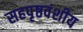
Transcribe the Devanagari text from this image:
सहपृष्ठवंशीय